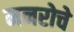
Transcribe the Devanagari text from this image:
मनरोचे